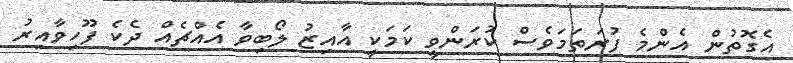
އެގޮތުން އެންމެ ފުރަތަމަވެސް ކުރަންވީ ކަމަކީ އާއިޒު ލޯބިވާ އެއްޗެއް ދެކެ ފޫހިވާއިރު